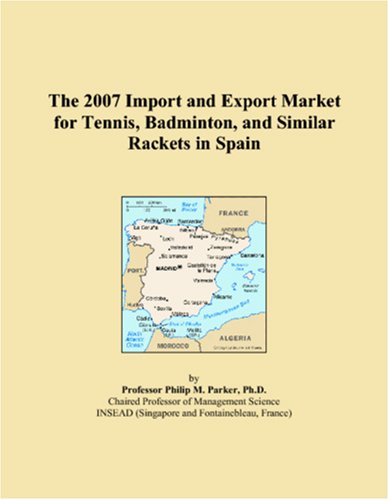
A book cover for The 2007 Import and Export Market for Tennis, Badminton, and Similar Rackets in Spain; Philip M. Parker; Sports & Outdoors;